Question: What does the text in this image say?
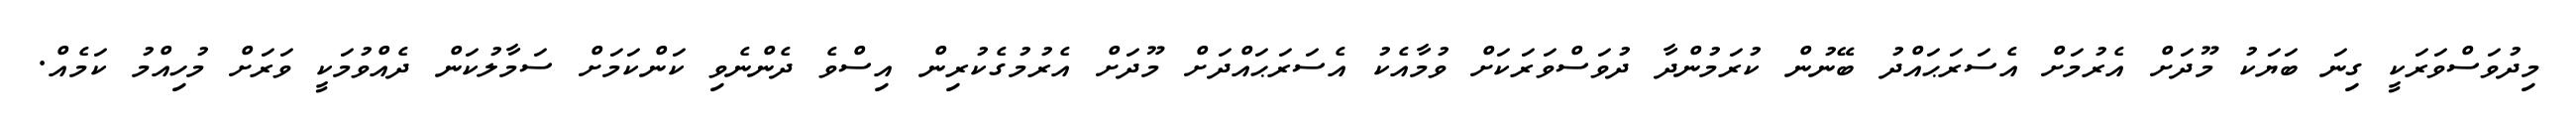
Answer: މިދުވަސްވަރަކީ ގިނަ ބަޔަކު މޫދަށް އެރުމަށް އެސަރަޙައްދު ބޭނުން ކުރަމުންދާ ދުވަސްވަރަކަށް ވުމާއެކު އެސަރަޙައްދަށް މޫދަށް އެރުމުގެކުރިން އިސްވެ ދެންނެވި ކަންކަމަށް ސަމާލުކަން ދެއްވުމަކީ ވަރަށް މުހިއްމު ކަމެއް.